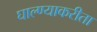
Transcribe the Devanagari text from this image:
घाल्ण्याकरीता